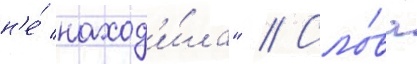
н'е́ наход'и́ла" // Сло́ва